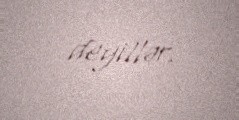
deyillər.